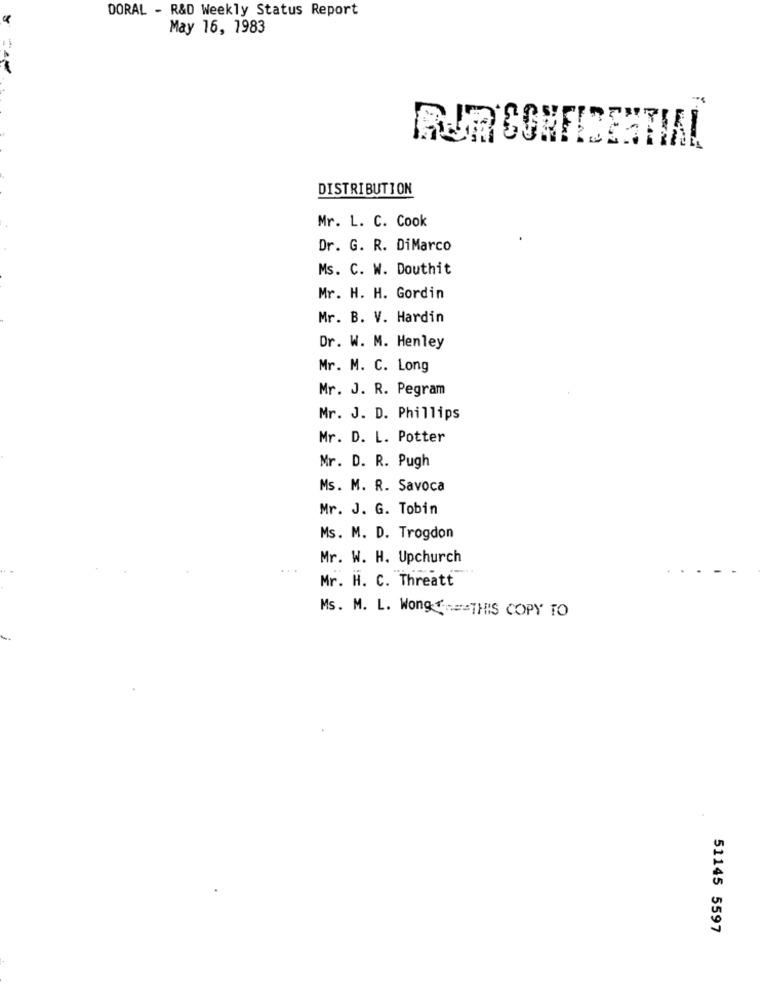
DORAL - R&D Weekly Status Report
May 16, 1983
RUACONFIDENTIAL
DISTRIBUTION
Mr. L. C. Cook
Dr. G. R. DiMarco
Ms. C. W. Douthit
Mr. H. H. Gordin
Mr. B. V. Hardin
Dr. W. M. Henley
Mr. M. C. Long
Mr. J. R. Pegram
Mr. J. D. Phillips
Mr. D. L. Potter
Mr. D. R. Pugh
Ms. M. R. Savoca
Mr. J. G. Tobin
Ms. M. D. Trogdon
Mr. W. H. Upchurch
...
Mr. H. C. Threatt
Ms. M. L. Wong + == THIS COPY TO
51145 5597